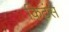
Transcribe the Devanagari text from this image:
किटंस